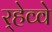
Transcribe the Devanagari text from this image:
र्‍हेव्वे